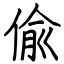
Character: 偸